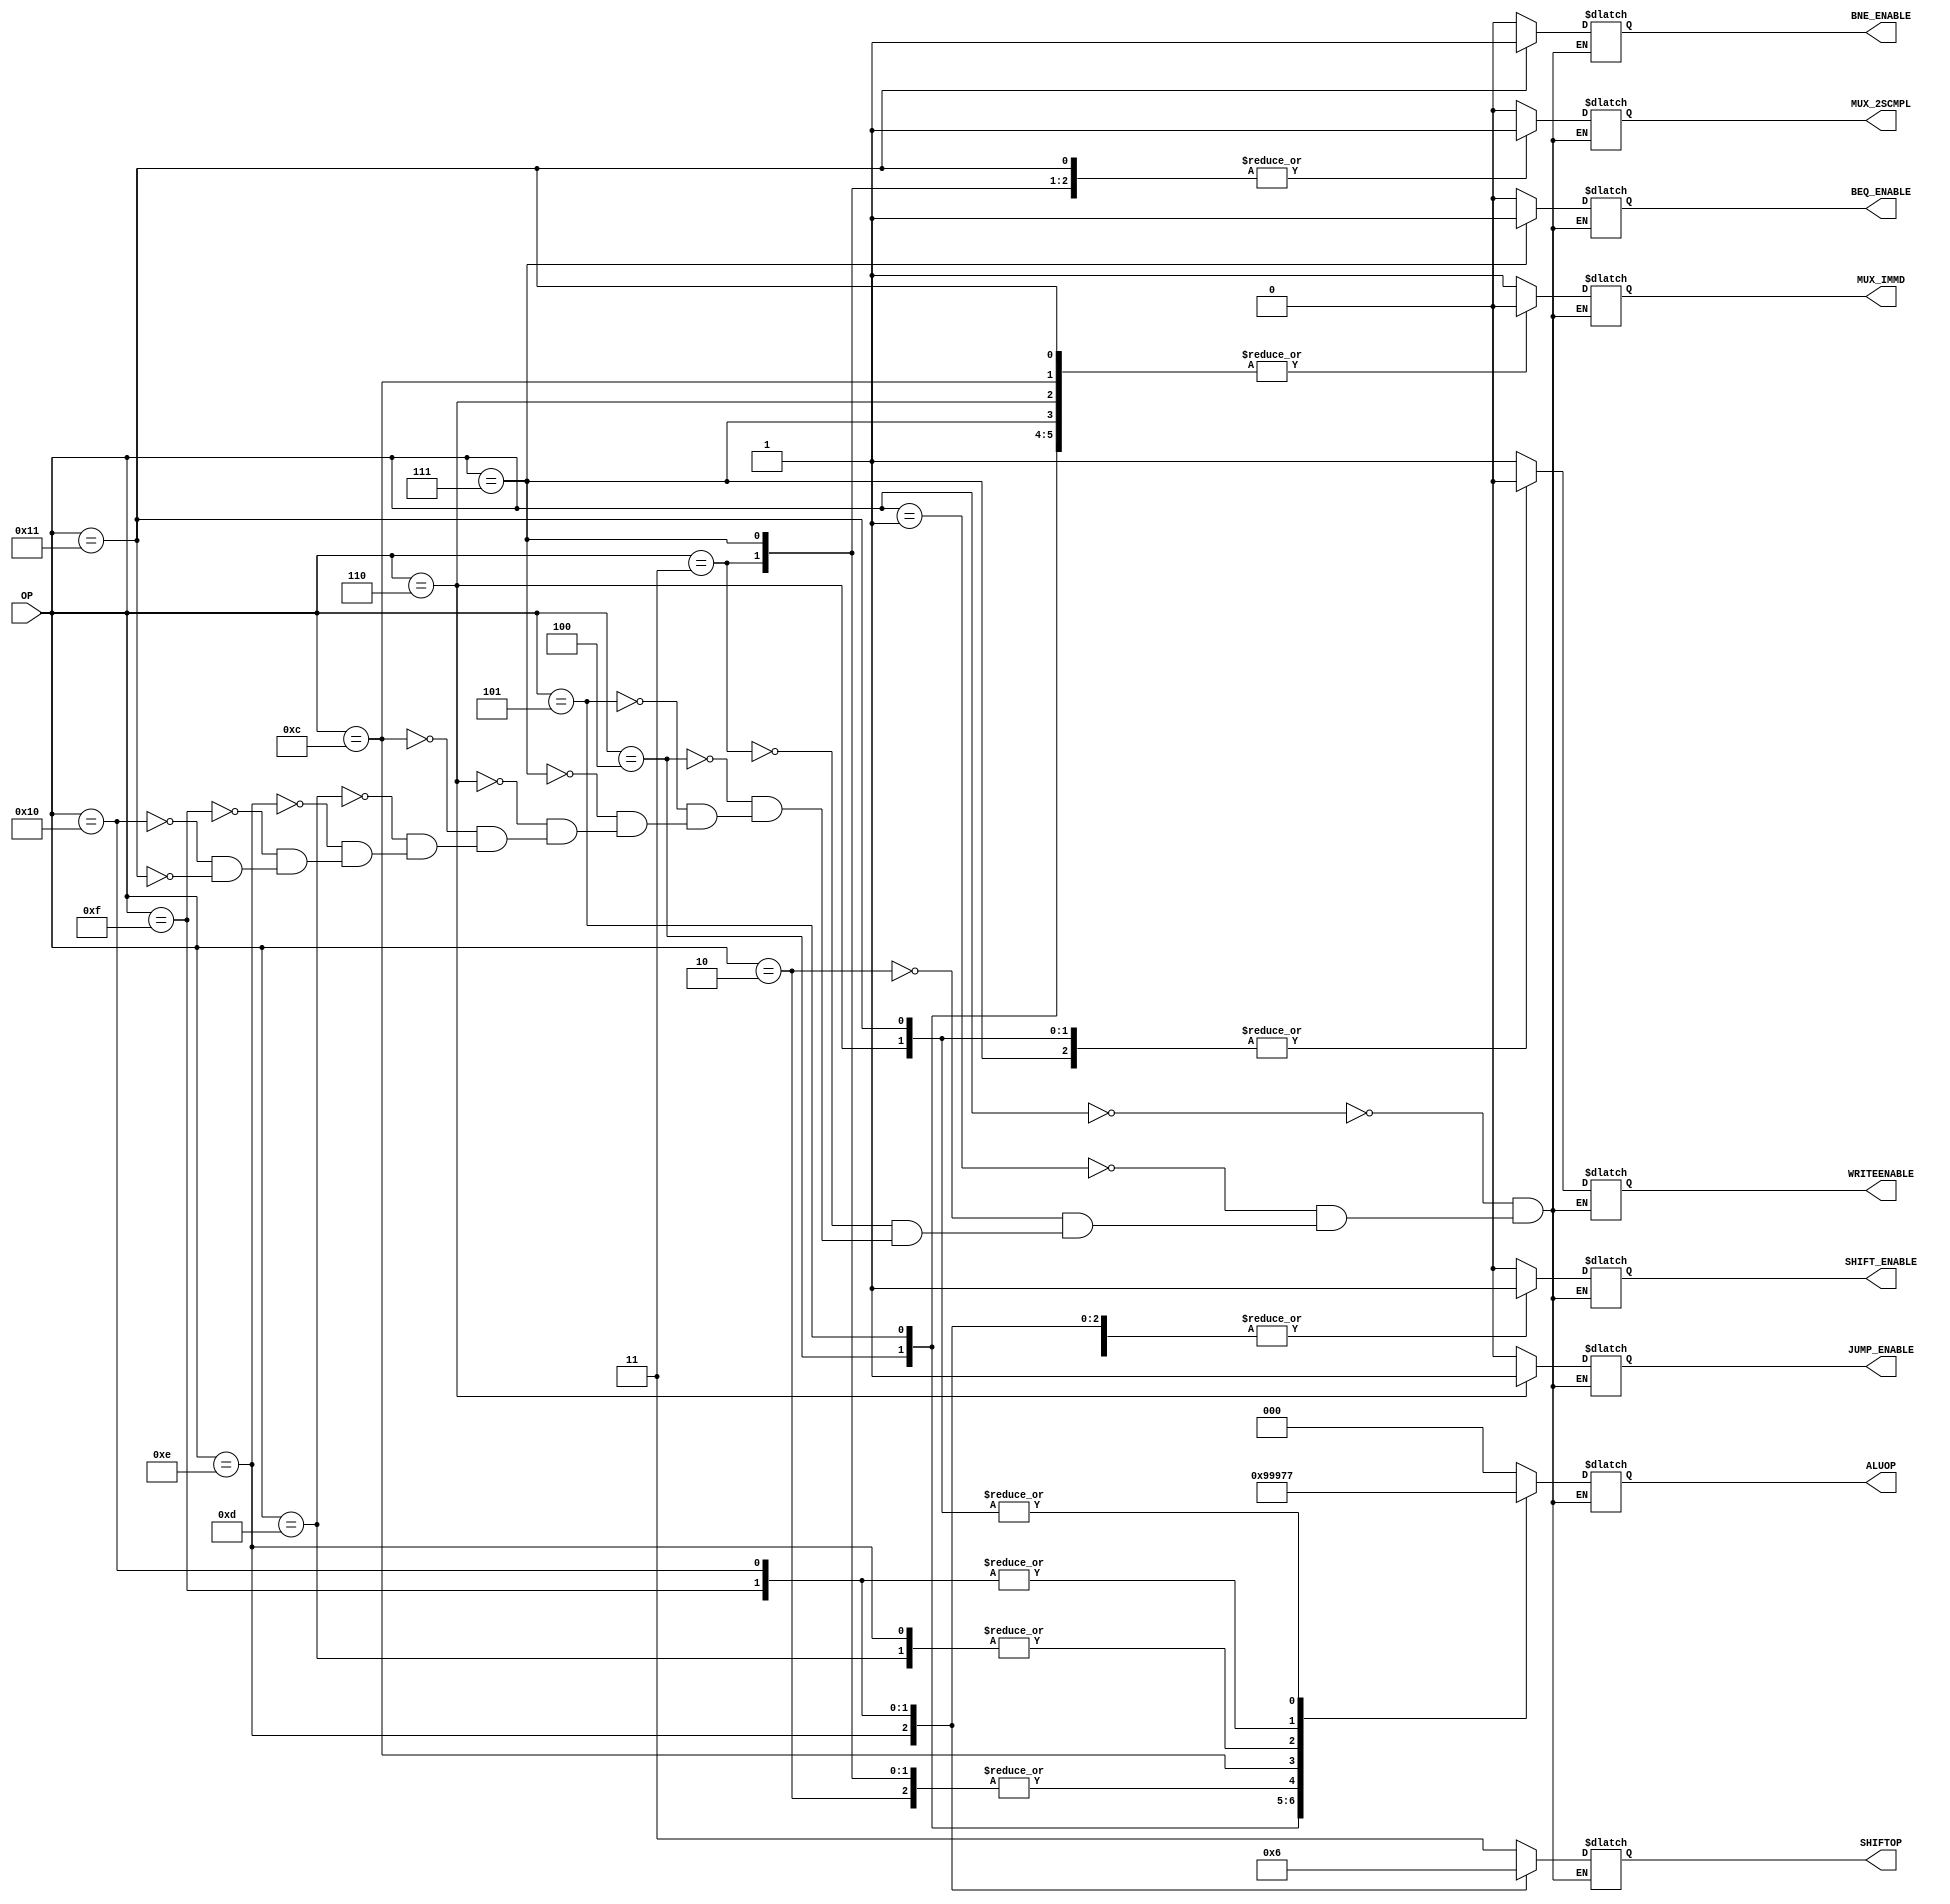
/*
 *
 *	Part 3
 *	CONTROL UNIT
 *
 *
 */


module control_unit(ALUOP,MUX_2SCMPL,MUX_IMMD,WRITEENABLE,BEQ_ENABLE, JUMP_ENABLE, BNE_ENABLE, SHIFT_ENABLE, SHIFTOP, OP);

	input [7:0] OP;						// opcode

	output reg MUX_2SCMPL, MUX_IMMD, WRITEENABLE, BEQ_ENABLE, JUMP_ENABLE, BNE_ENABLE, SHIFT_ENABLE;		// 1 bit outputs from control unit
	output reg [1:0] SHIFTOP;				// shift type
	output reg [2:0] ALUOP;					// 3-bits ALU opcode

	
	always @(*)
	begin 	
		
		#1

		case(OP)
			// case for load immediate value
			8'b00000000: begin
			
				ALUOP = 3'b000;		// alu operation code 
				MUX_2SCMPL = 1'b0;	// 2s complement select pin
				MUX_IMMD = 1'b1;	// immediadte value select pin
				WRITEENABLE = 1'b1;	// register write enable pin
				BEQ_ENABLE = 1'b0;	// branch equal enable pin
				JUMP_ENABLE = 1'b0;	// jump enable pin
				BNE_ENABLE = 1'b0;	// bne enable pin
				SHIFT_ENABLE = 1'b0;	// right left shift enable pin
				SHIFTOP = 2'bXX;	// shift type
				
			end
			
			// case for move register value
			8'b00000001: begin

				ALUOP = 3'b000;		// alu operation code
                                MUX_2SCMPL = 1'b0;	// 2s complement select pin
                                MUX_IMMD = 1'b0;	// immediadte value select pin
                                WRITEENABLE = 1'b1;	// register write enable pin
				BEQ_ENABLE = 1'b0;      // branch equal enable pin
                                JUMP_ENABLE = 'b0;      // jump enable pin
				BNE_ENABLE = 1'b0;	// bne enable pin
				SHIFT_ENABLE = 1'b0;	// right left shift enable pin
				SHIFTOP = 2'bXX;	// shift type
				
			end

			// case for add operation
			8'b00000010: begin
				
				ALUOP = 3'b001;		// alu operation code
                                MUX_2SCMPL = 1'b0;	// 2s complement select pin
                                MUX_IMMD = 1'b0;	// immediadte value select pin
                                WRITEENABLE = 1'b1;	// register write enable pin
				BEQ_ENABLE = 1'b0;      // branch equal enable pin
                                JUMP_ENABLE = 1'b0;     // jump enable pin
				BNE_ENABLE = 1'b0;	// bne enable pin
				SHIFT_ENABLE = 1'b0;	// right left shift enable pin
				SHIFTOP = 2'bXX;	// shift type
				
			end

			// case for sub operation
			8'b00000011: begin

				ALUOP = 3'b001;		// alu operation code
                                MUX_2SCMPL = 1'b1;	// 2s complement select pin
                                MUX_IMMD = 1'b0;	// immediadte value select pin
                                WRITEENABLE = 1'b1;	// register write enable pin
				BEQ_ENABLE = 1'b0;      // branch equal enable pin
                                JUMP_ENABLE = 1'b0;     // jump enable pin
				BNE_ENABLE = 1'b0;	// bne enable pin
				SHIFT_ENABLE = 1'b0;	// right left shift enable pin
				SHIFTOP = 2'bXX;	// shift type
				
			end	


			// case for and operation
			8'b00000100: begin
				
				ALUOP = 3'b010;		// alu operation code
                                MUX_2SCMPL = 1'b0;	// 2s complement select pin
                                MUX_IMMD = 1'b0;	// immediadte value select pin
                                WRITEENABLE = 1'b1;	// register write enable pin
				BEQ_ENABLE = 1'b0;      // branch equal enable pin
                                JUMP_ENABLE = 1'b0;     // jump enable pin
				BNE_ENABLE = 1'b0;	// bne enable pin
				SHIFT_ENABLE = 1'b0;	// right left shift enable pin
				SHIFTOP = 2'bXX;	// shift type
				
                        end

			// case for or operation
			8'b00000101: begin
				
				ALUOP = 3'b011;		// alu operation code
                                MUX_2SCMPL = 1'b0;	// 2s complement select pin
                                MUX_IMMD = 1'b0;	// immediadte value select pin
                                WRITEENABLE = 1'b1;	// register write enable pin
				BEQ_ENABLE = 1'b0;      // branch equal enable pin
                                JUMP_ENABLE = 1'b0;     // jump enable pin
				BNE_ENABLE = 1'b0;	// bne enable pin
				SHIFT_ENABLE = 1'b0;	// right left shift enable pin
				SHIFTOP = 2'bXX;	// shift type
				
                        end

			// case for beq
			8'b00000111: begin

				ALUOP = 3'b001;         // alu operation code
                                MUX_2SCMPL = 1'b1;      // 2s complement select pin
                                MUX_IMMD = 1'b0;        // immediadte value select pin
                                WRITEENABLE = 1'b0;     // register write enable pin
                                BEQ_ENABLE = 1'b1;      // branch equal enable pin
                                JUMP_ENABLE = 1'b0;     // jump enable pin
				BNE_ENABLE = 1'b0;	// bne enable pin
				SHIFT_ENABLE = 1'b0;	// right left shift enable pin
				SHIFTOP = 2'bXX;	// shift type
				
			end	

			// case for jump
			8'b00000110: begin

				ALUOP = 3'b111;         // alu operation code
                                MUX_2SCMPL = 1'b0;      // 2s complement select pin
                                MUX_IMMD = 1'b0;        // immediadte value select pin
                                WRITEENABLE = 1'b0;     // register write enable pin
                                BEQ_ENABLE = 1'b0;      // branch equal enable pin
                                JUMP_ENABLE = 1'b1;     // jump enable pin
				BNE_ENABLE = 1'b0;	// bne enable pin
				SHIFT_ENABLE = 1'b0;	// right left shift enable pin
				SHIFTOP = 2'bXX;	// shift type
				

			end
			
			
			
			// case for multiplication 
			8'b00001100: begin
				
				ALUOP = 3'b100;         // alu operation code
				MUX_2SCMPL = 1'b0;      // 2s complement select pin
				MUX_IMMD = 1'b0;        // immediadte value select pin
				WRITEENABLE = 1'b1;     // register write enable pin
				BEQ_ENABLE = 1'b0;      // branch equal enable pin
				JUMP_ENABLE = 1'b0;     // jump enable pin
				BNE_ENABLE = 1'b0;	// bne enable pin
				SHIFT_ENABLE = 1'b0;	// right left shift enable pin
				SHIFTOP = 2'bXX;	// shift type
				
			end
			
			// case for left logical shift
			8'b00001101: begin
				
				ALUOP = 3'b101;         // alu operation code
				MUX_2SCMPL = 1'b0;      // 2s complement select pin
				MUX_IMMD = 1'b1;        // immediadte value select pin
				WRITEENABLE = 1'b1;     // register write enable pin
				BEQ_ENABLE = 1'b0;      // branch equal enable pin
				JUMP_ENABLE = 1'b0;     // jump enable pin
				BNE_ENABLE = 1'b0;	// bne enable pin
				SHIFT_ENABLE = 1'b1;	// right left shift enable pin
				SHIFTOP = 2'b11;	// shift type
				
			
			end
			
			// case for right logical shift
			8'b00001110: begin
			
				ALUOP = 3'b101;         // alu operation code
				MUX_2SCMPL = 1'b0;      // 2s complement select pin
				MUX_IMMD = 1'b1;        // immediadte value select pin
				WRITEENABLE = 1'b1;     // register write enable pin
				BEQ_ENABLE = 1'b0;      // branch equal enable pin
				JUMP_ENABLE = 1'b0;     // jump enable pin
				BNE_ENABLE = 1'b0;	// bne enable pin
				SHIFT_ENABLE = 1'b1;	// right left shift enable pin
				SHIFTOP = 2'b00;	// shift type
				
			end
			
			// case for right arithmetic shift
			8'b00001111: begin
				
				ALUOP = 3'b110;         // alu operation code
				MUX_2SCMPL = 1'b0;      // 2s complement select pin
				MUX_IMMD = 1'b1;        // immediadte value select pin
				WRITEENABLE = 1'b1;     // register write enable pin
				BEQ_ENABLE = 1'b0;      // branch equal enable pin
				JUMP_ENABLE = 1'b0;     // jump enable pin
				BNE_ENABLE = 1'b0;	// bne enable pin
				SHIFT_ENABLE = 1'b1;	// right left shift enable pin
				SHIFTOP = 2'b01;	// shift type
			
			end
			
			// case for rotate right 
			8'b00010000: begin
				
				ALUOP = 3'b110;         // alu operation code
				MUX_2SCMPL = 1'b0;      // 2s complement select pin
				MUX_IMMD = 1'b1;        // immediadte value select pin
				WRITEENABLE = 1'b1;     // register write enable pin
				BEQ_ENABLE = 1'b0;      // branch equal enable pin
				JUMP_ENABLE = 1'b0;     // jump enable pin
				BNE_ENABLE = 1'b0;	// bne enable pin
				SHIFT_ENABLE = 1'b1;	// right left shift enable pin
				SHIFTOP = 2'b10;	// shift type
			
			end
			
			
			
			//case for bne
			8'b00010001: begin
				
				ALUOP = 3'b111;         // alu operation code
                                MUX_2SCMPL = 1'b1;      // 2s complement select pin
                                MUX_IMMD = 1'b0;        // immediadte value select pin
                                WRITEENABLE = 1'b0;     // register write enable pin
                                BEQ_ENABLE = 1'b0;      // branch equal enable pin
                                JUMP_ENABLE = 1'b0;     // jump enable pin
				BNE_ENABLE = 1'b1;	// bne enable pin
				SHIFT_ENABLE = 1'b0;	// right left shift enable pin
				SHIFTOP = 2'bXX;	// shift type

			end
			
		endcase
	end

endmodule